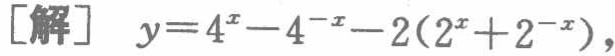
[解] \(y = 4^{x}-4^{-x}-2(2^{x}+2^{-x})\)